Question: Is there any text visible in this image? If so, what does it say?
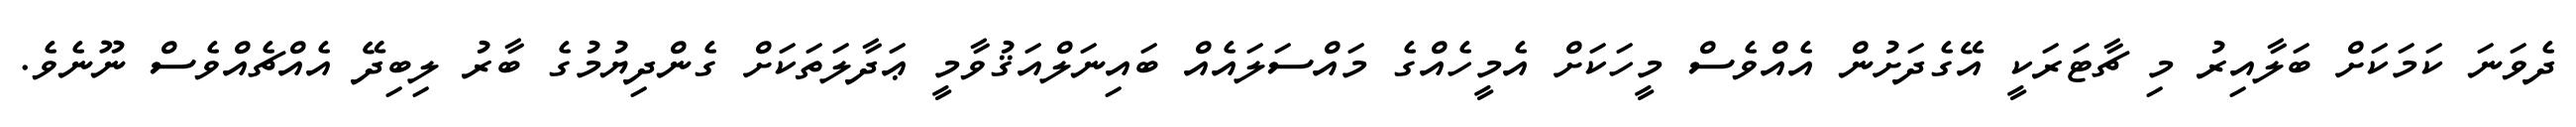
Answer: ދެވަނަ ކަމަކަށް ބަލާއިރު މި ޗާޓަރަކީ އޭގެދަށުން އެއްވެސް މީހަކަށް އެމީހެއްގެ މައްސަލައެއް ބައިނަލްއަޤުވާމީ ޢަދާލަތަކަށް ގެންދިޔުމުގެ ބާރު ލިބިދޭ އެއްޗެއްވެސް ނޫނެވެ.